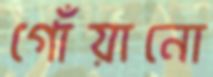
গোঁয়ানো